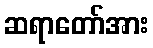
ဆရာတော်အား